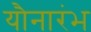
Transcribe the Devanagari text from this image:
यौनारंभ